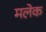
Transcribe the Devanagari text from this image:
मलेक